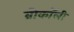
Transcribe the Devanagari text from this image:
ब्रोकॉली